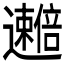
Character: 𫑒